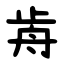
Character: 歬